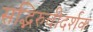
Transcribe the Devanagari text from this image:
सद्भिरुचीदर्शक